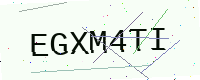
Text: EGXM4TI